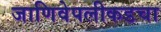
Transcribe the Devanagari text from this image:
जाणिवेपलीकडचा